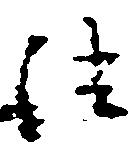
法